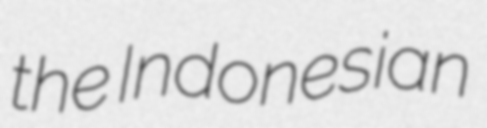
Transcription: the Indonesian